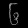
Digit: ၆